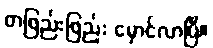
တဖြည်းဖြည်း မှောင်လာပြီ။